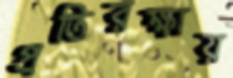
প্রতিরক্ষায়